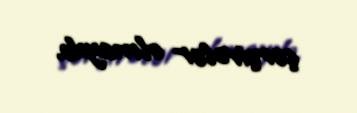
çərçivələr olmayıb.